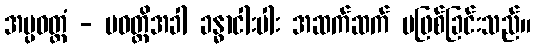
အပ္ပဝတ္တံ - ပဝတ္တိအခါ ခန္ဓာငါးပါး အဆက်ဆက် မဖြစ်ခြင်းသည်။